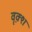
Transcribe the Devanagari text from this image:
वृक़्श